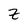
Character: Z